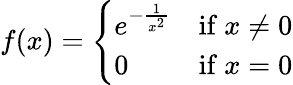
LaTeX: f(x)={\left\{ \begin{array}{ll}{e^{-{\frac{1}{x^{2}}}}}&{{\mathrm{if~}}x\neq 0}\\ {0}&{{\mathrm{if~}}x=0}\end{array}\right.}